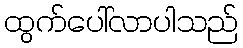
ထွက်ပေါ်လာပါသည်